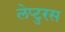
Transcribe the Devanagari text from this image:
लेप्टुरस